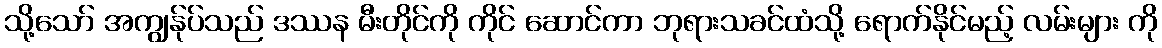
သို့သော် အကျွန်ုပ်သည် ဒဿန မီးတိုင်ကို ကိုင် ဆောင်ကာ ဘုရားသခင်ထံသို့ ရောက်နိုင်မည့် လမ်းများ ကို